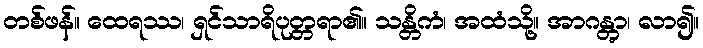
တစ်ဖန်။ ထေရဿ၊ ရှင်သာရိပုတ္တရာ၏။ သန္တိကံ၊ အထံသို့။ အာဂန္တွာ၊ လာ၍။